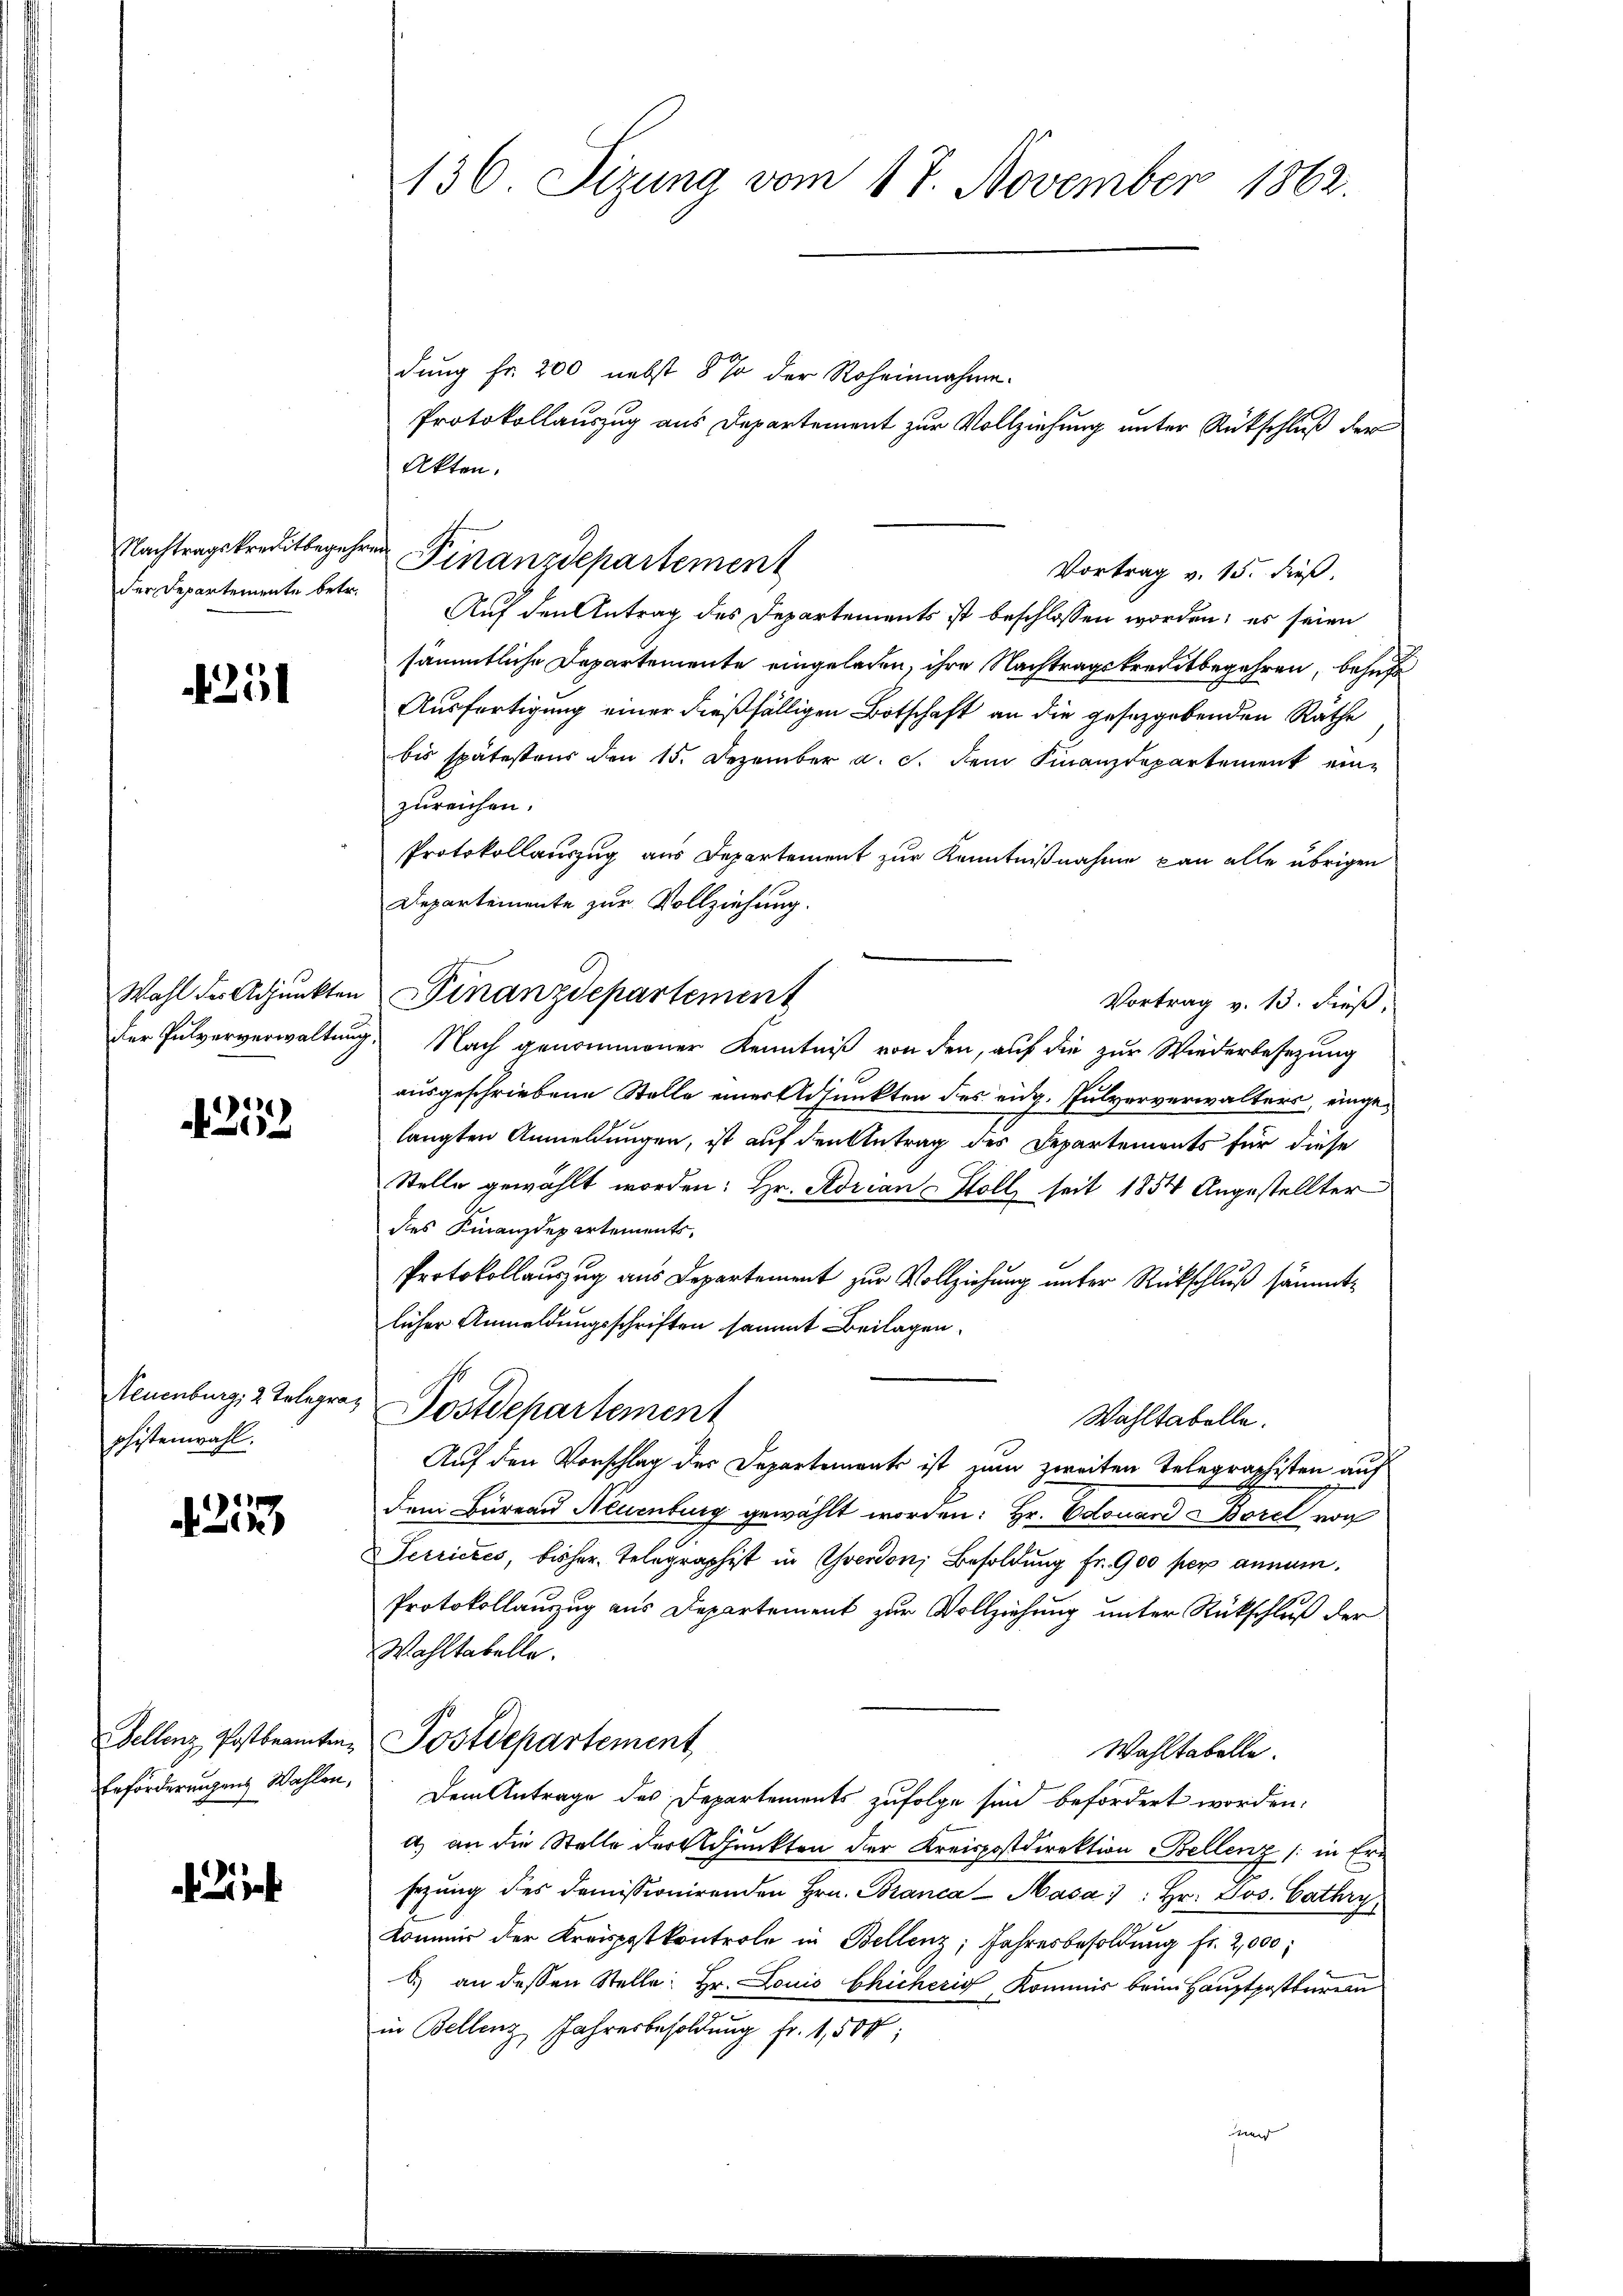
Nachtragskreditbegehr
der Departemente betr.

251

Wahl des Adjunkten
der Pulververwaltung

4252

Neuenburg, 2 Telegra¬
Schistenwahl.

,
2k

Fellenz Postbeamten.
Erforderungens Wahlen,

136. Sizung vom 17. November 1862.

dung fr. 200 nebst 5 % der Roheinnahme.
Protokollauszug aus Departement zur Vollziehung unter Rückschluß der
Akten.
Vortrag v. 15. dieß.
Auf den Antrag des Departements ist beschlossen worden; es seien
sämmtliche Departemente eingelegen, ihre Nachtragskreditbegehren, behufs
Ausfertigung einer dießfälligen Botschaft an die gesetzgebenden Räthe
bis spätestens den 15. Dezember a. c. dem Finanzdepartement einzureichen.
Protokollauszug aus Departement zur Kenntnißnahme kan alle übrigen
Departemente zur Vollziehung.
Vortrag v. 13. dieß,
Nach genommener Kenntniß von den, auf die zur Wiederbesezung
ausgeschriebene Stelle einer Adjunkten des eidg. Pulververwalters, eingelangten Anmeldungen, ist auf den Antrag des Departements für diese
Stelle gewählt worden: Hr. Adrian Holl, seit 1854 Angestellter
des Finanzdepartements,
Protokollauszug aus Departement zur Vollziehung unter Rückschluß sämmtlicher Anmeldungsschriften sammt Beilagen.
Postdepartement
Wahltabelle.
Auf den Vorschlag des Departements ist zum zweiten Telegraphisten auf
Dem Büreau Neuenburg gewählt worden: Hr. Edouard Borel von
Serrieres, bisher. Telegraphist in Yverdon, Besoldung fr. 900 per annum.
Protokollauszug aus Departement zur Vollziehung unter Rückschluß der
Wahltabelle.
Postdepartement
Wahltabelle.
Dem Antrage des Departements zufolge sind befördert worden.
a) an die Stelle der Adjunkten der Kreispostdirektion Bellenz /: in Ern
sezung des Domissionirenden Hrn. Branca-Masa): Hr. Jos. Cathry
Kommer der Kreispostkontrole in Bellenz, Jahresbesoldung fr. 2,000
.) an dessen Stelle: Hr. Louis Chicherig Kommis beim Hauptpostburea
in Bellenz, Jahresbesoldung fr. 1,500:
e

in Finanzdepartement

Finanzdepartement